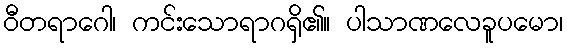
ဝီတရာဂေါ၊ ကင်းသောရာဂရှိ၏။ ပါသာဏလေခူပမော၊